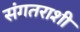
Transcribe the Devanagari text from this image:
संगतराशी